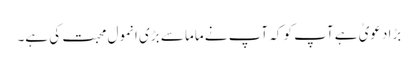
بڑا دعویٰ ہے آپ کو کہ آپ نے ماما سے بڑی انمول محبت کی ہے۔